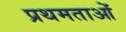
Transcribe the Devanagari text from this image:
प्रथमताओं